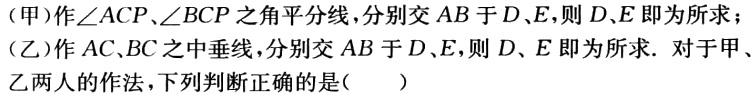
(甲)作\(\angle ACP\)、\(\angle BCP\)之角平分线，分别交\(AB\)于\(D\)、\(E\)，则\(D\)、\(E\)即为所求；
(乙)作\(AC\)、\(BC\)之中垂线，分别交\(AB\)于\(D\)、\(E\)，则\(D\)、\(E\)即为所求. 对于甲乙两人的作法，下列判断正确的是(  )